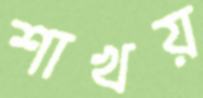
শাখয়